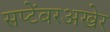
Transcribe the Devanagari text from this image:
सप्टेंबरअखेर